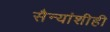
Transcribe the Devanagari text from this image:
सैन्यांशीही